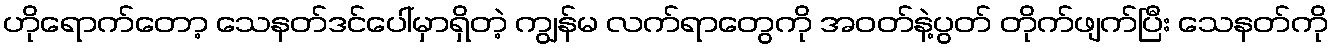
ဟိုရောက်တော့ သေနတ်ဒင်ပေါ်မှာရှိတဲ့ ကျွန်မ လက်ရာတွေကို အဝတ်နဲ့ပွတ် တိုက်ဖျက်ပြီး သေနတ်ကို